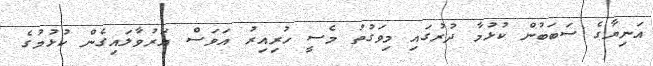
އަނިޔާގެ ސަބަބުން ކުޅުމާ ދުރުގައި މިވަގުތު މެސީ ހުރިއިރު އަވަސް އަރުވާލައިގެން ކުޅުމުގެ